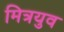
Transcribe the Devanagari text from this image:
मित्रयुव